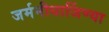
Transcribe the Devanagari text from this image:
जर्मनीधार्जिण्या